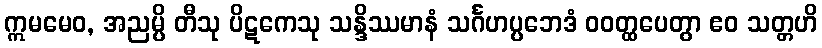
ဣမမေဝ, အညမ္ပိ တီသု ပိဋကေသု သန္ဒိဿမာနံ သင်္ဂဟပ္ပဘေဒံ ဝဝတ္ထပေတွာ ဧဝ သတ္တဟိ